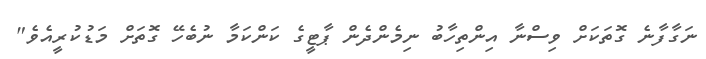
ނަގާފާނެ ގޮތަކަށް ވިސްނާ އިންތިހާބު ނިމެންދެން ޕާޓީގެ ކަންކަމާ ނުބެހޭ ގޮތަށް މަޑުކުރީއެވެ"